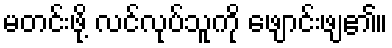
မတင်းဖို့ လင်လုပ်သူကို ဖျောင်းဖျ၏။